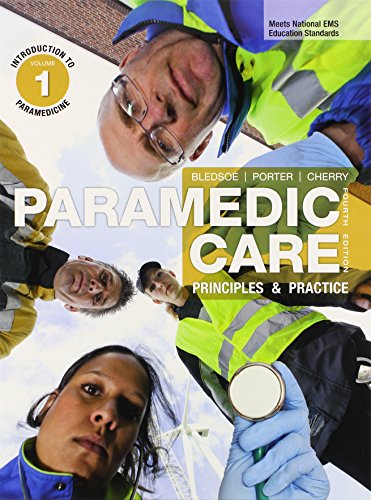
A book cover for Paramedic Care: Principles & Practice, 7-Volume Package; Bledsoe; Medical Books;